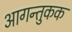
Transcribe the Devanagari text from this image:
आगन्तुकक